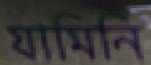
যামিনি